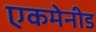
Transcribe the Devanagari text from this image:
एकमेनीड